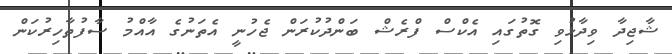
ޝާޖިދާ ވިދާޅުވި ގޮތުގައި އެކްސް ފްރެޝް ބަންދުކުރަން ޖެހުނީ އެތަނުގެ އާއްމު ސާފުތާހިރުކަން